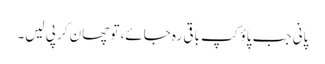
پانی جب پاؤکپ باقی رہ جائے، تو چھان کر پی لیں۔